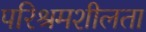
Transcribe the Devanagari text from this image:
परिश्रमशीलता